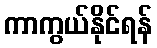
ကာကွယ်နိုင်ရန်